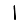
Digit: 1